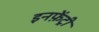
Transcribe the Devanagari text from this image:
इनफ़ेंट्री